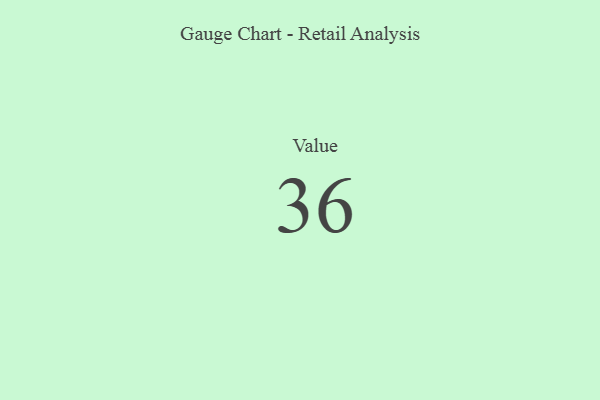
{"axis": {"x": "Metric", "y": "Value"}, "legend": [""], "data": [{"x": "Value", "y": 36, "type": ""}]}